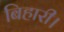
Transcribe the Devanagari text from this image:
बिहारी।